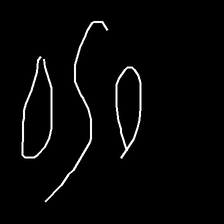
Glyph: water